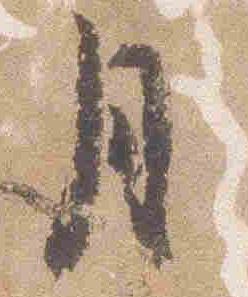
月